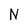
Character: N